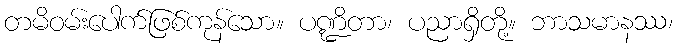
တမိဝမ်းပေါက်ဖြစ်ကုန်သော။ ပဏ္ဍိတာ၊ ပညာရှိတို့။ ဘာသမာနဿ၊